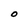
Character: O